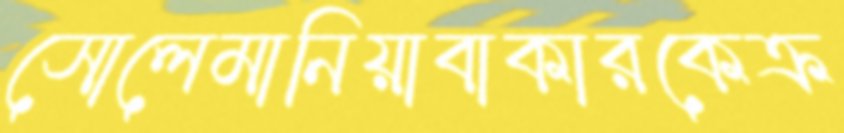
সোলেমানিয়াবাকারকেক্র